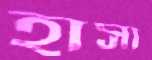
হাসা